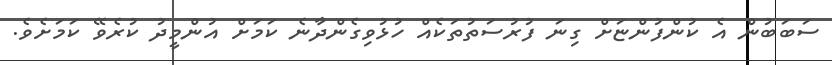
ސަބަބުން އެ ކުންފުންޏަށް ގިނަ ފުރުސަތުތަކެއް ހުޅުވިގެންދާނެ ކަމަށް އުންމީދު ކުރެވޭ ކަމަށެވެ.